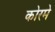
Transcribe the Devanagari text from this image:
कोरमे